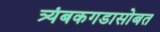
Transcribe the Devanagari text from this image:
त्र्यंबकगडासोबत